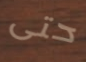
حتى